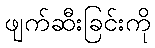
ဖျက်ဆီးခြင်းကို